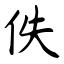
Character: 佚